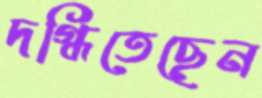
দগ্ধিতেছেন